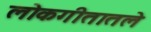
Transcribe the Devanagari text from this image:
लोकगीतातले